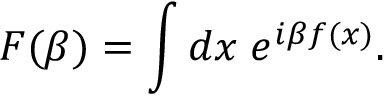
F ( \beta ) = \int d x \; e ^ { i \beta f ( x ) } .